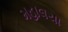
મહાલયા